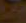
: